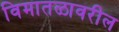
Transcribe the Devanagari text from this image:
विमातळावरील